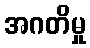
အဂတိမှု